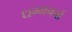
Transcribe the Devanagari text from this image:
धम्मचर्चा